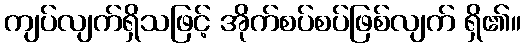
ကျပ်လျက်ရှိသဖြင့် အိုက်စပ်စပ်ဖြစ်လျက် ရှိ၏။